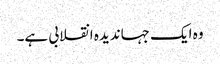
وہ ایک جہاندیدہ انقلابی ہے۔